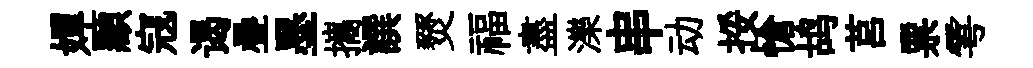
嬋顯寇谒疊墨攜譔燹福盡濼串动挼愴鸪莒票雩